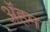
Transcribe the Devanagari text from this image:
ॲहम